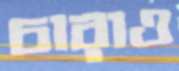
চারাও